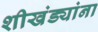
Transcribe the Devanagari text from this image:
शीखंड्यांना